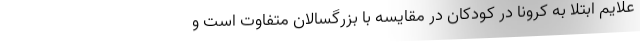
علایم ابتلا به کرونا در کودکان در مقایسه با بزرگسالان متفاوت است و